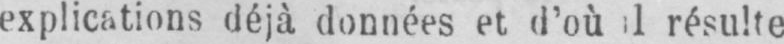
résulte